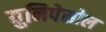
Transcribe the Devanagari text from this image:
युनिपेसोल